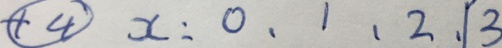
\textcircled { + 4 } x : 0 、 1 、 2 、 1 3